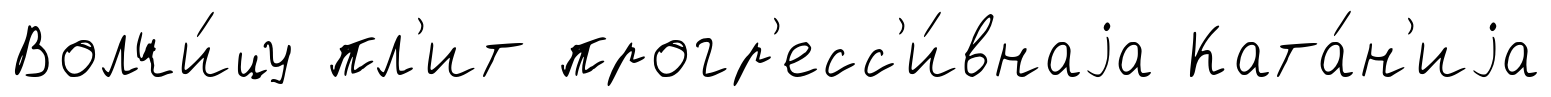
Волчи́цу пл'ит прогр'есс'и́внаjа Ката́н'иjа